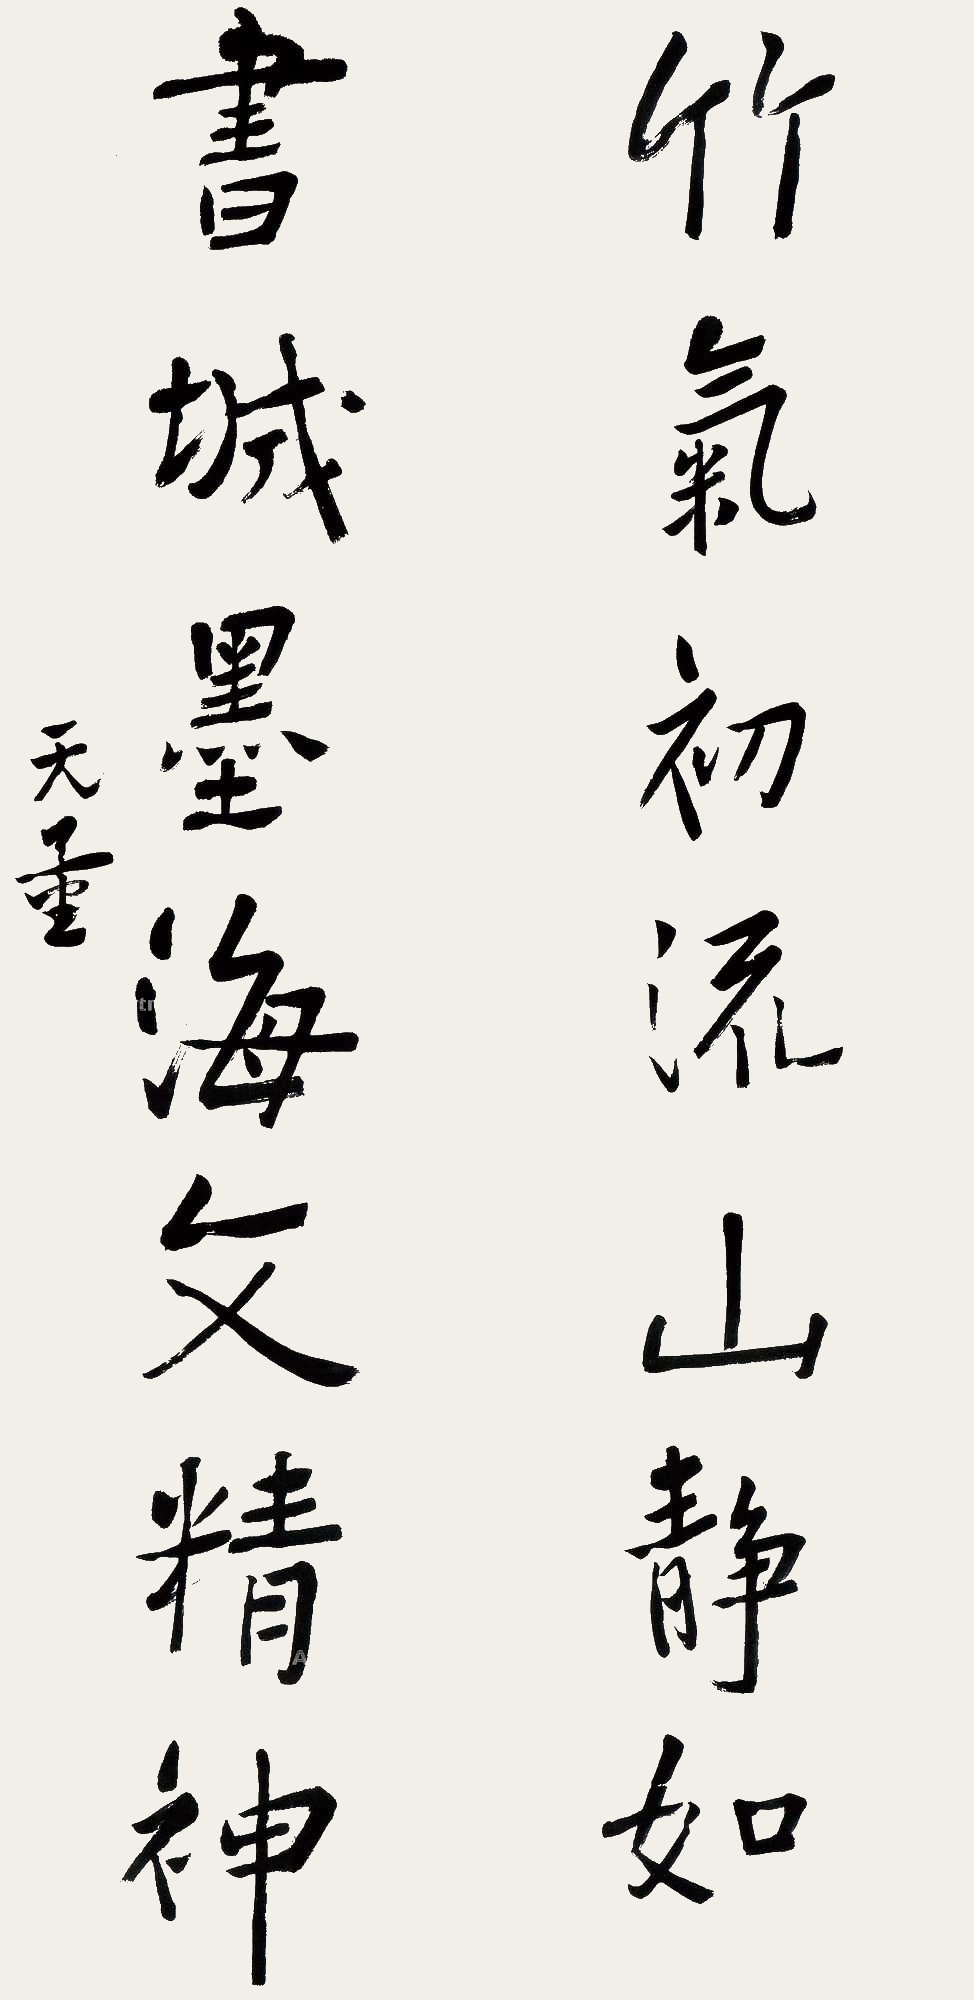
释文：竹气初流山静如，书城墨海文精神。无量。